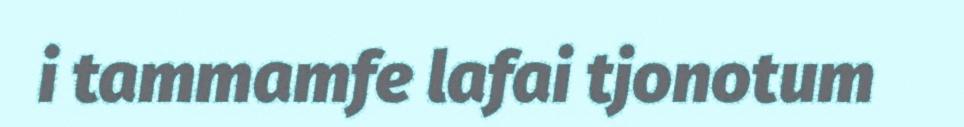
i tammamfe lafai tjonotum